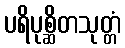
ပရိပုစ္ဆိတသုတ္တံ